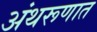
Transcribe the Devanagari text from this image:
अंथरूणात